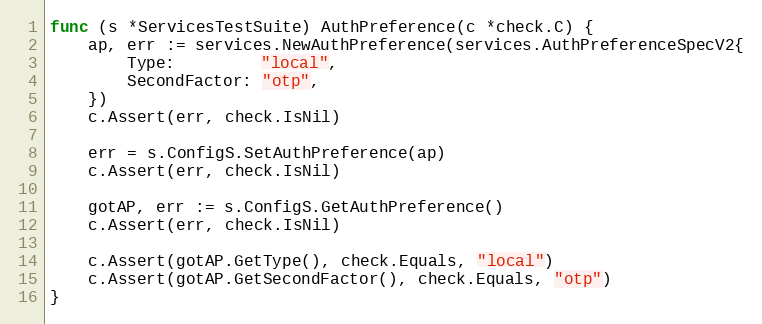
Language: Go
func (s *ServicesTestSuite) AuthPreference(c *check.C) {
	ap, err := services.NewAuthPreference(services.AuthPreferenceSpecV2{
		Type:         "local",
		SecondFactor: "otp",
	})
	c.Assert(err, check.IsNil)

	err = s.ConfigS.SetAuthPreference(ap)
	c.Assert(err, check.IsNil)

	gotAP, err := s.ConfigS.GetAuthPreference()
	c.Assert(err, check.IsNil)

	c.Assert(gotAP.GetType(), check.Equals, "local")
	c.Assert(gotAP.GetSecondFactor(), check.Equals, "otp")
}